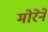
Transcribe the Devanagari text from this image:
मोरेने